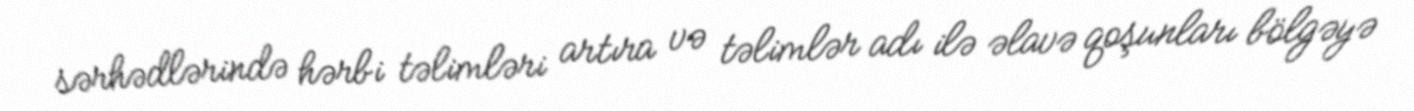
sərhədlərində hərbi təlimləri artıra və təlimlər adı ilə əlavə qoşunları bölgəyə